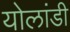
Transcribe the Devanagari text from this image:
योलांडी